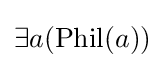
\exists a({\text{Phil}}(a))